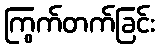
ကြွက်တက်ခြင်း